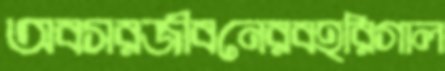
অবসরজীবনেরবহরিগাল